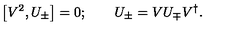
\left[ V ^ { 2 } , U _ { \pm } \right] = 0 ; \qquad U _ { \pm } = V U _ { \mp } V ^ { \dagger } .